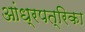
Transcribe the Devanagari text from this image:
आंध्रपत्रिका